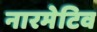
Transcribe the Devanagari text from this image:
नारमेटिव